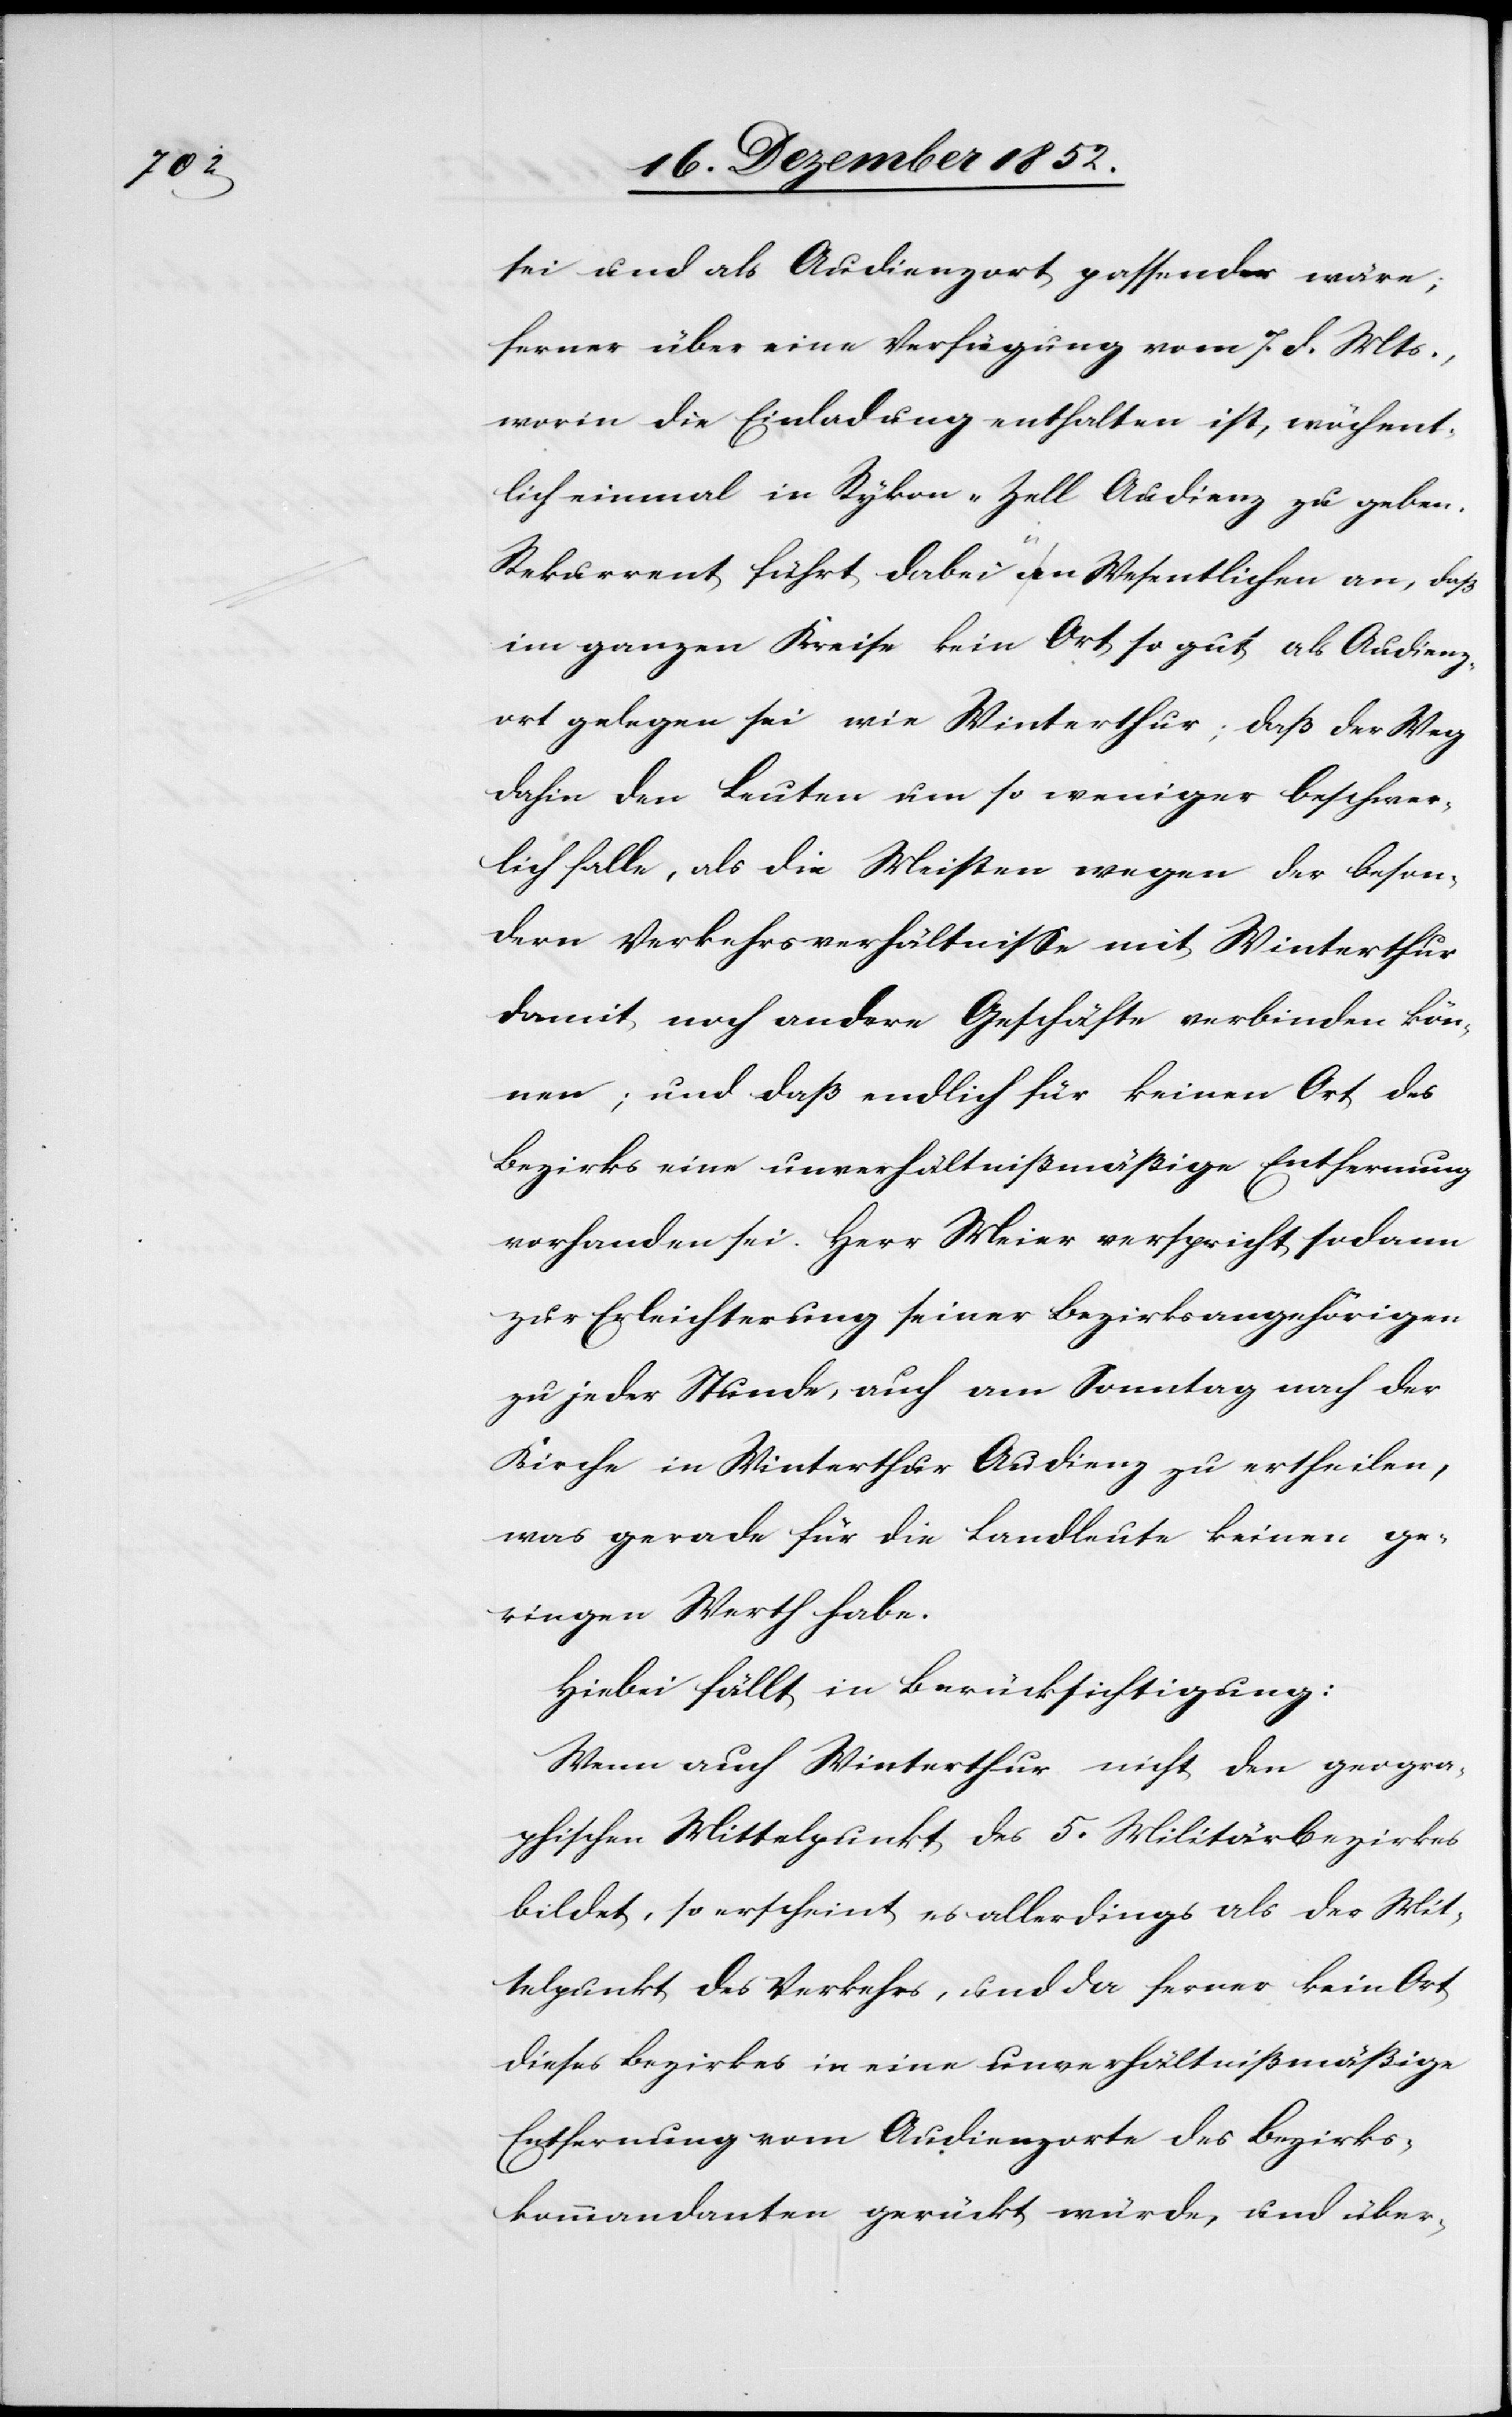
sei und als Audienzort passender wäre;
ferner über eine Verfügung vom 7. d. Mts.,
worin die Einladung enthalten ist, wöchent¬
lich einmal in Rykon-Zell Audienz zu geben.
Rekurrent führt dabei an [recte: im] Wesentlichen an, daß
im ganzen Kreise kein Ort so gut als Audienz¬
ort gelegen sei wie Winterthur; daß der Weg
dahin den Leuten um so weniger beschwer¬
lich falle, als die Meisten wegen der beson¬
dern Verkehrsverhältnisse mit Winterthur
damit noch andere Geschäfte verbinden kön¬
nen; und daß endlich für keinen Ort des
Bezirks eine unverhältnißmäßige Entfernung
vorhanden sei. Herr Meier verspricht sodann
zur Erleichterung seiner Bezirksangehörigen
zu jeder Stunde, auch am Sonntag nach der
Kirche in Winterthur Audienz zu ertheilen,
was gerade für die Landleute keinen ge¬
ringen Werth habe.
Hiebei fällt in Berücksichtigung:
Wenn auch Winterthur nicht den geogra¬
phischen Mittelpunkt des 5. Militärbezirkes
bildet, so erscheint es allerdings als der Mit¬
telpunkt des Verkehrs, und da ferner kein Ort
dieses Bezirkes in eine unverhältnißmäßige
Entfernung vom Audienzorte des Bezirks¬
kommandanten gerückt würde, und über-